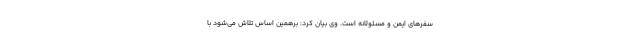
سفرهای ایمن و مسئولانه است. وی بیان کرد: برهمین اساس تلاش می‌شود با